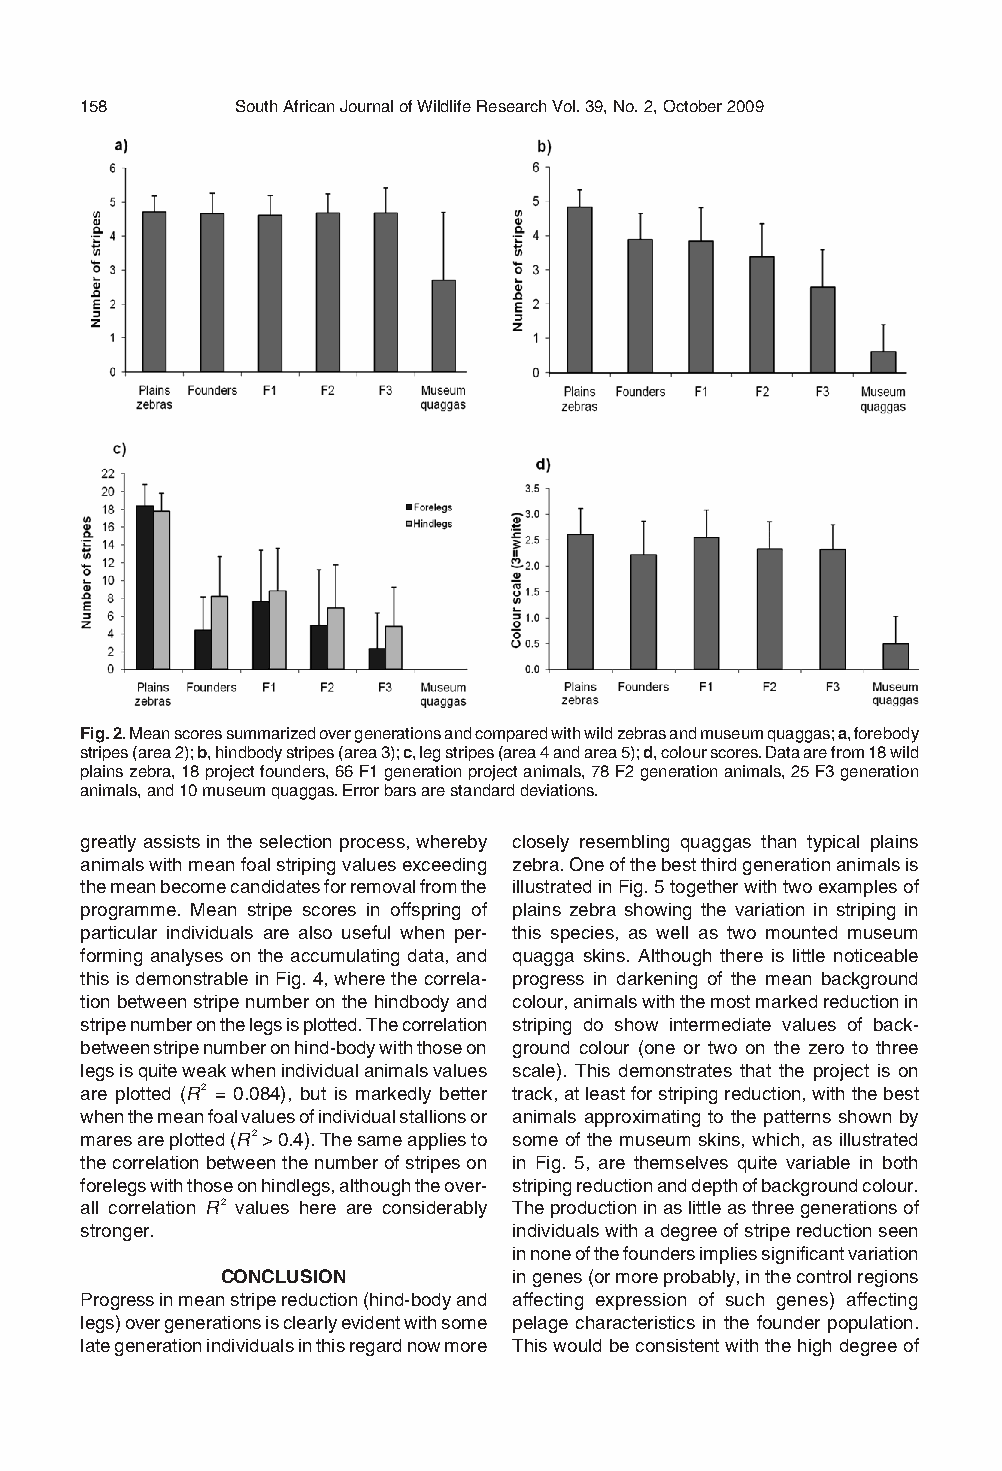
158        South African Journal of Wildlife Research Vol. 39, No. 2, October 2009
 Fig.2.Meanscoressummarizedovergenerationsandcomparedwithwildzebrasandmuseumquaggas;a,forebody
 stripes(area2);b,hindbodystripes(area3);c,legstripes(area4andarea5);d,colourscores.Dataarefrom18wild
 plainszebra,18projectfounders,66F1generationprojectanimals,78F2generationanimals,25F3generation
 animals, and 10 museum quaggas.Error bars are standard deviations.
 greatlyassistsintheselectionprocess,whereby closely resembling quaggas than typical plains
 animalswithmeanfoalstripingvaluesexceeding zebra.Oneofthebestthirdgenerationanimalsis
 themeanbecomecandidatesforremovalfromthe illustratedinFig.5togetherwithtwoexamplesof
 programme. Mean stripe scores in offspring of plains zebra showing the variation in striping in
 particular individuals are also useful when per- this species, as well as two mounted museum
 forming analyses on the accumulating data, and quagga skins. Although there is little noticeable
 thisisdemonstrableinFig.4,wherethecorrela- progress in darkening of the mean background
 tionbetweenstripenumberonthehindbodyand colour,animalswiththemostmarkedreductionin
 stripenumberonthelegsisplotted.Thecorrelation striping do show intermediate values of back-
 betweenstripenumberonhind-bodywiththoseon ground colour (one or two on the zero to three
 legsisquiteweakwhenindividualanimalsvalues scale). This demonstrates that the project is on
 are plotted (R2 = 0.084), but is markedly better track,atleastforstripingreduction,withthebest
 whenthemeanfoalvaluesofindividualstallionsor animals approximating to the patterns shown by
 maresareplotted(R2>0.4).Thesameappliesto some of the museum skins, which, as illustrated
 thecorrelationbetweenthenumberofstripeson in Fig. 5, are themselves quite variable in both
 forelegswiththoseonhindlegs,althoughtheover- stripingreductionanddepthofbackgroundcolour.
 all correlation R2 values here are considerably Theproductioninaslittleasthreegenerationsof
 stronger.                    individualswithadegreeofstripereductionseen
 innoneofthefoundersimpliessignificantvariation
 CONCLUSION         ingenes(ormoreprobably,inthecontrolregions
 Progressinmeanstripereduction(hind-bodyand affecting expression of such genes) affecting
 legs)overgenerationsisclearlyevidentwithsome pelage characteristics in the founder population.
 lategenerationindividualsinthisregardnowmore Thiswouldbeconsistentwiththehighdegreeof